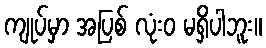
ကျုပ်မှာ အပြစ် လုံးဝ မရှိပါဘူး။